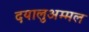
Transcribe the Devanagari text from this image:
दयालुअम्मल